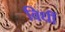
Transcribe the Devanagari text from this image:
विधीं